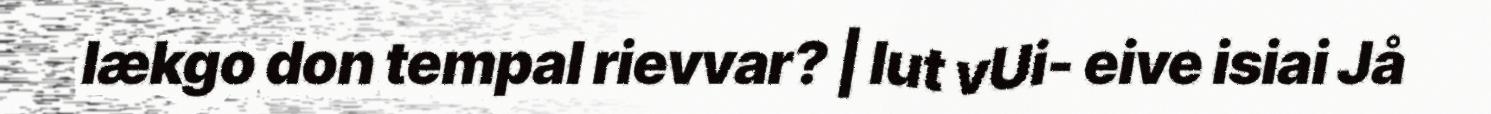
lækgo don tempal rievvar? | lut vUi- eive isiai Jå